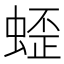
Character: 𱿯